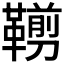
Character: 𩌵